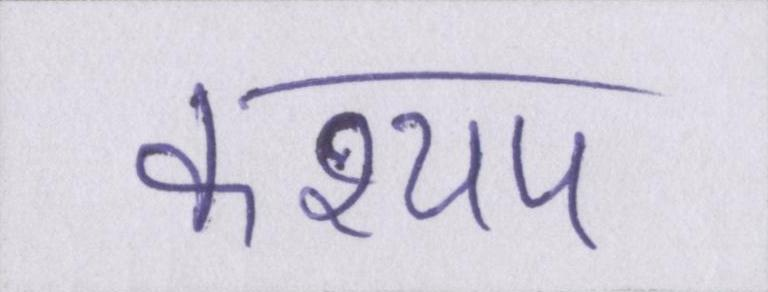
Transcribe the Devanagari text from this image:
कश्यप